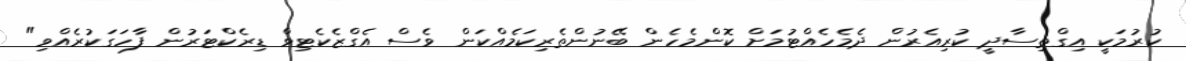
ކުރުމަކީ އިގްތިސާދީ ކުރިއެރުން ދެމެހެއްޓުމަށް ކޮންމެހެން ބޭނުންތެރިކަމެއްކަން ވެސް އެގްޒެކެޓިވް ޑިރެކްޓަރުން ފާހަގަކުރެއްވި"